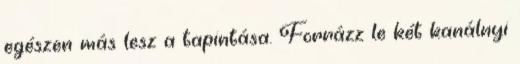
egészen más lesz a tapintása. Forrázz le két kanálnyi